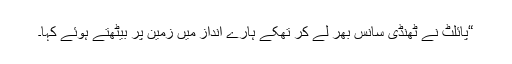
“پائلٹ نے ٹھنڈی سانس بھر لے کر تھکے ہارے انداز میں زمین پر بیٹھتے ہوئے کہا۔